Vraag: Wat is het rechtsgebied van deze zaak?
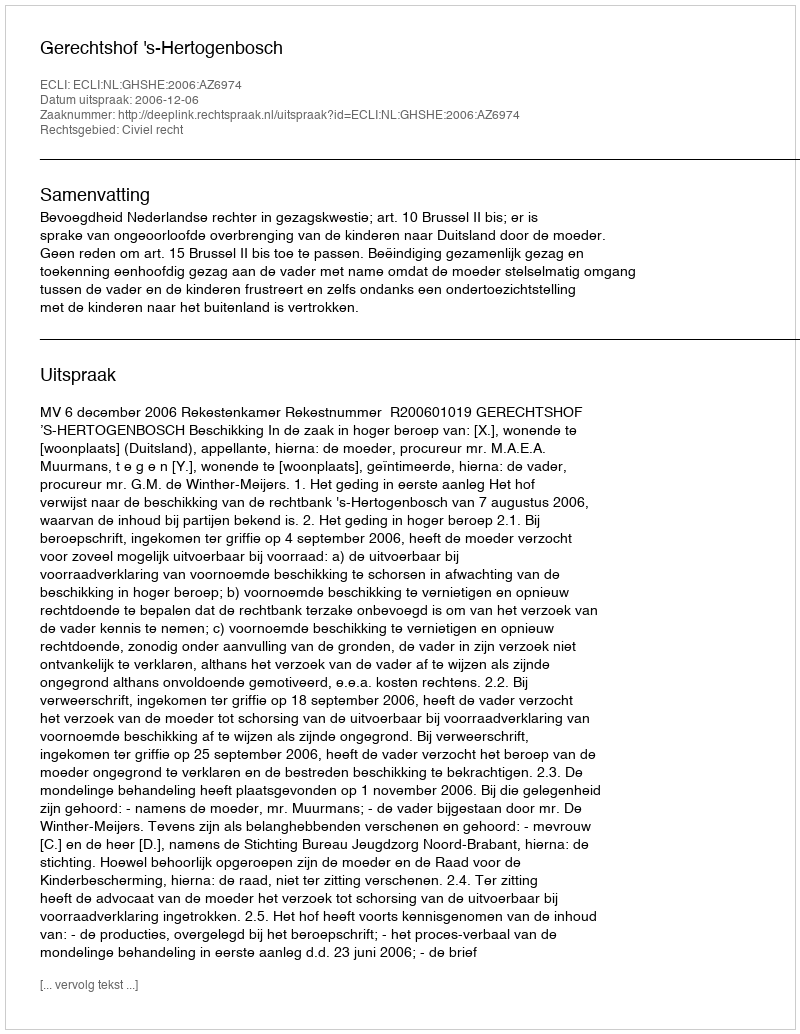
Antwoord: Civiel recht